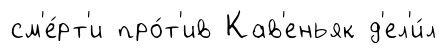
см'е́рт'и про́т'ив Кав'еньяк д'ел'и́л